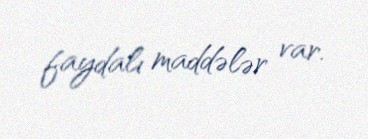
faydalı maddələr var.